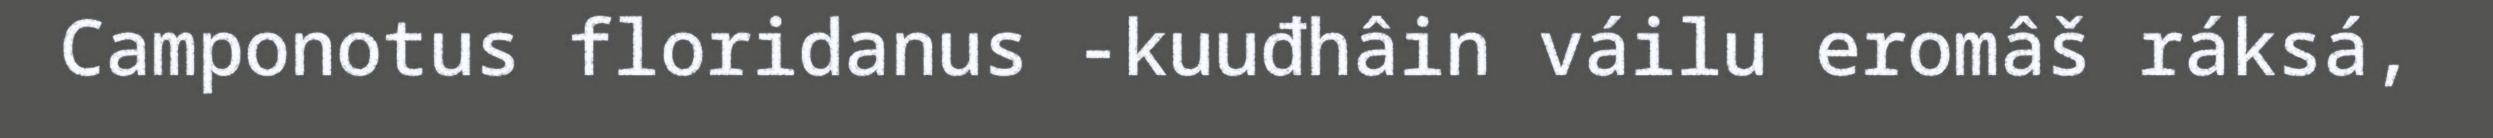
Camponotus floridanus -kuuđhâin váilu eromâš ráksá,